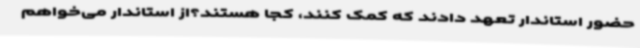
حضور استاندار تعهد دادند که کمک کنند، کجا هستند؟از استاندار می‌خواهم